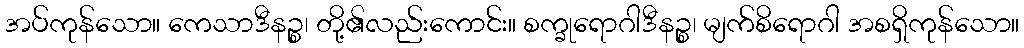
အပ်ကုန်သော။ ကေသာဒီနဉ္စ၊ တို့၏လည်းကောင်း။ စက္ခုရောဂါဒီနဉ္စ၊ မျက်စိရောဂါ အစရှိကုန်သော။